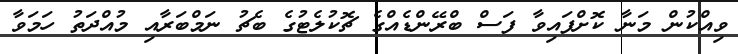
ވިއްކުން މަނާ ކޮށްފައިވާ ފަސް ބްރޭންޑެއްގެ ޗޮކުލެޓުގެ ބެޗު ނަމްބަރާއި މުއްދަތު ހަމަވާ